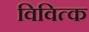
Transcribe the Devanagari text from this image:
विवित्क